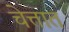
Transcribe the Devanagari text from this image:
चेत्तात